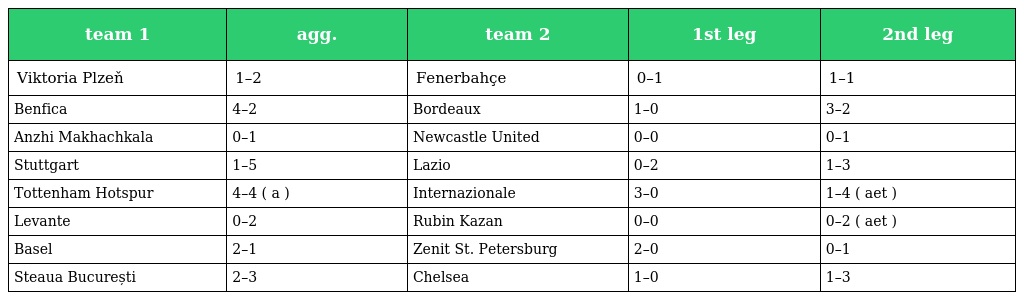
| team 1 | agg. | team 2 | 1st leg | 2nd leg |
 | --- | --- | --- | --- | --- |
 | Viktoria Plzeň | 1–2 | Fenerbahçe | 0–1 | 1–1 |
 | Benfica | 4–2 | Bordeaux | 1–0 | 3–2 |
 | Anzhi Makhachkala | 0–1 | Newcastle United | 0–0 | 0–1 |
 | Stuttgart | 1–5 | Lazio | 0–2 | 1–3 |
 | Tottenham Hotspur | 4–4 ( a ) | Internazionale | 3–0 | 1–4 ( aet ) |
 | Levante | 0–2 | Rubin Kazan | 0–0 | 0–2 ( aet ) |
 | Basel | 2–1 | Zenit St. Petersburg | 2–0 | 0–1 |
 | Steaua București | 2–3 | Chelsea | 1–0 | 1–3 |